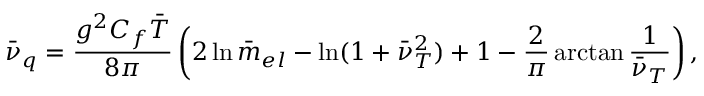
\bar { \nu } _ { q } = { \frac { g ^ { 2 } C _ { f } \bar { T } } { 8 \pi } } \left( 2 \ln \bar { m } _ { e l } - \ln ( 1 + \bar { \nu } _ { T } ^ { 2 } ) + 1 - { \frac { 2 } { \pi } } \arctan { \frac { 1 } { \bar { \nu } _ { T } } } \right) ,